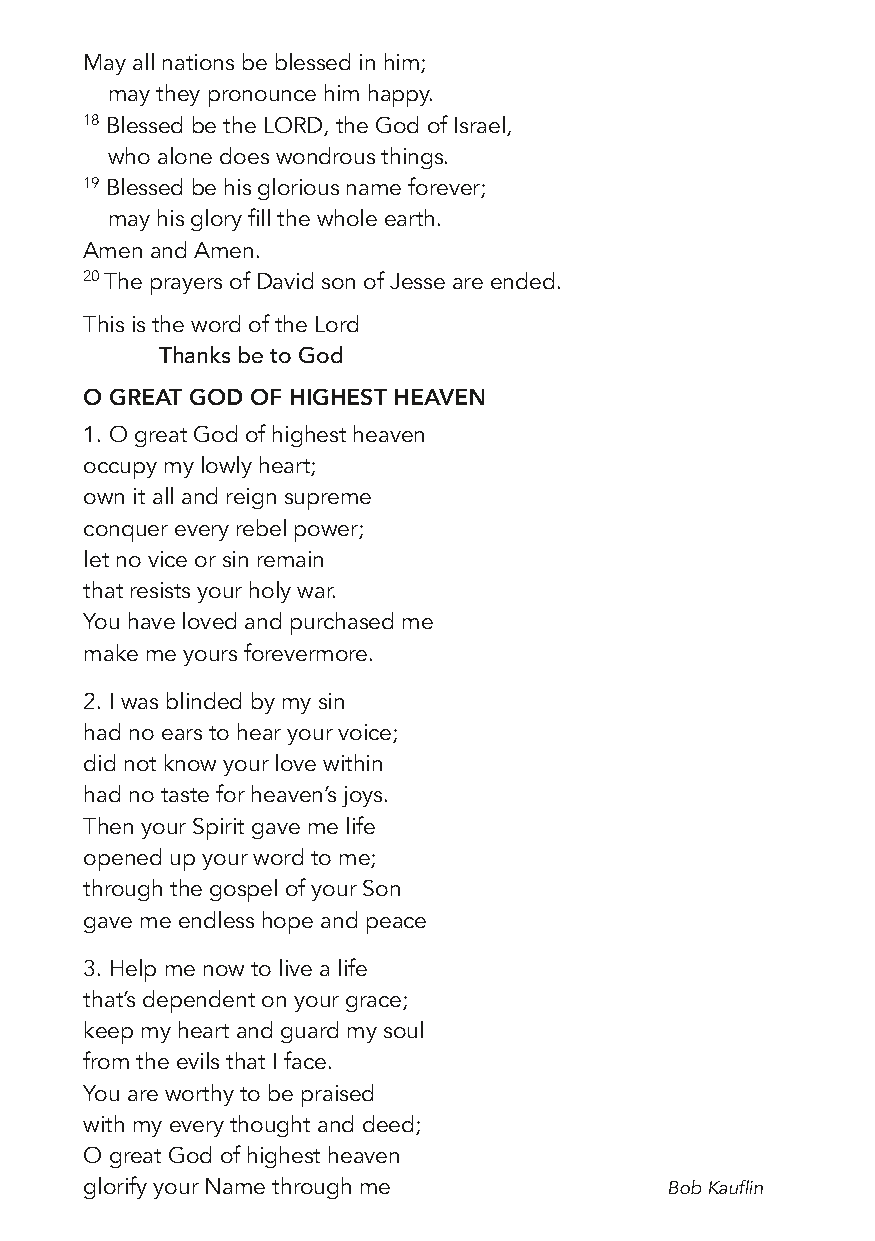
May all nations be blessed in him;
 may they pronounce him happy.
 18 Blessed be the LORD, the God of Israel,
 who alone does wondrous things.
 19 Blessed be his glorious name forever;
 may his glory fill the whole earth.
 Amen and Amen.
 20 The prayers of David son of Jesse are ended.
 This is the word of the Lord
 Thanks be to God
 O GREAT GOD OF HIGHEST HEAVEN
 1. O great God of highest heaven
 occupy my lowly heart;
 own it all and reign supreme
 conquer every rebel power;
 let no vice or sin remain
 that resists your holy war.
 You have loved and purchased me
 make me yours forevermore.
 2. I was blinded by my sin
 had no ears to hear your voice;
 did not know your love within
 had no taste for heaven’s joys.
 Then your Spirit gave me life
 opened up your word to me;
 through the gospel of your Son
 gave me endless hope and peace
 3. Help me now to live a life
 that’s dependent on your grace;
 keep my heart and guard my soul
 from the evils that I face.
 You are worthy to be praised
 with my every thought and deed;
 O great God of highest heaven
 glorify your Name through me          Bob Kauflin